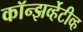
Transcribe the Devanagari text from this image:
कॉन्झर्व्हेटीव्ह